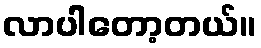
လာပါတော့တယ်။